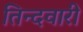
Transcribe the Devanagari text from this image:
तिन्‍दवारी